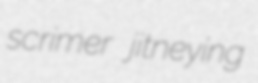
scrimer jitneying